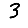
Digit: 3